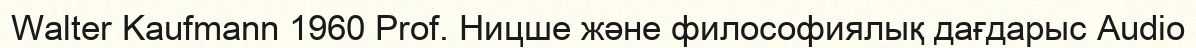
Walter Kaufmann 1960 Prof. Ницше және философиялық дағдарыс Audio